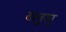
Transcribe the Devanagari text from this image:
ब्लूम्